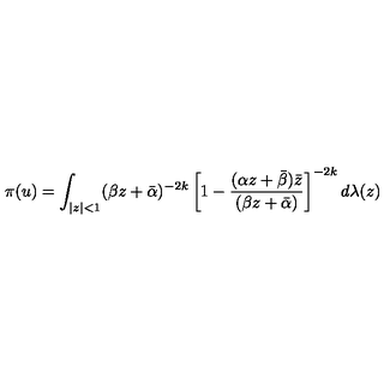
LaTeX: \pi ( u ) = \int _ { | z | < 1 } ( \beta z + \bar { \alpha } ) ^ { - 2 k } \left[ 1 - \frac { ( \alpha z + \bar { \beta } ) \bar { z } } { ( \beta z + \bar { \alpha } ) } \right] ^ { - 2 k } d \lambda ( z )